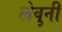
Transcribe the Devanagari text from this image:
लेवुनी